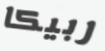
ربيكا